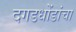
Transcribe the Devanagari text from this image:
दगडधोंडांचा